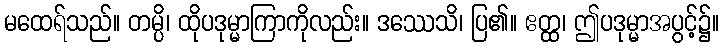
မထေရ်သည်။ တမ္ပိ၊ ထိုပဒုမ္မာကြာကိုလည်း။ ဒဿေသိ၊ ပြ၏။ ဧတ္ထ၊ ဤပဒုမ္မာအပွင့်၌။